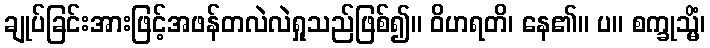
ချုပ်ခြင်းအားဖြင့်အဖန်တလဲလဲရှုသည်ဖြစ်၍။ ဝိဟရတိ၊ နေ၏။ ပ။ စက္ခုသ္မိံ၊